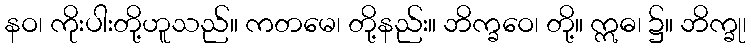
နဝ၊ ကိုးပါးတို့ဟူသည်။ ကတမေ၊ တို့နည်း။ ဘိက္ခဝေ၊ တို့။ ဣဓ၊ ၌။ ဘိက္ခု၊